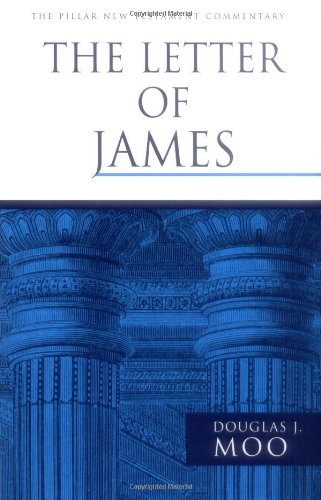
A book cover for The Letter of James (The Pillar New Testament Commentary); Douglas J. Moo; Christian Books & Bibles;